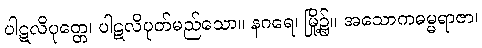
ပါဋလိပုတ္တေ၊ ပါဋလိပုတ်မည်သော။ နဂရေ၊ မြို့၌။ အသောကဓမ္မရာဇာ၊